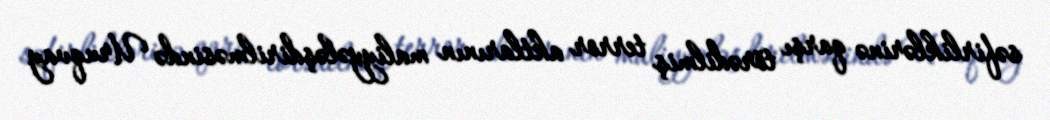
səfirliklərinə qarşı törədilmiş terror aktlarının maliyyələşdirilməsində Uruqvay